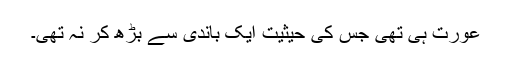
عورت ہی تھی جس کی حیثیت ایک باندی سے بڑھ کر نہ تھی۔